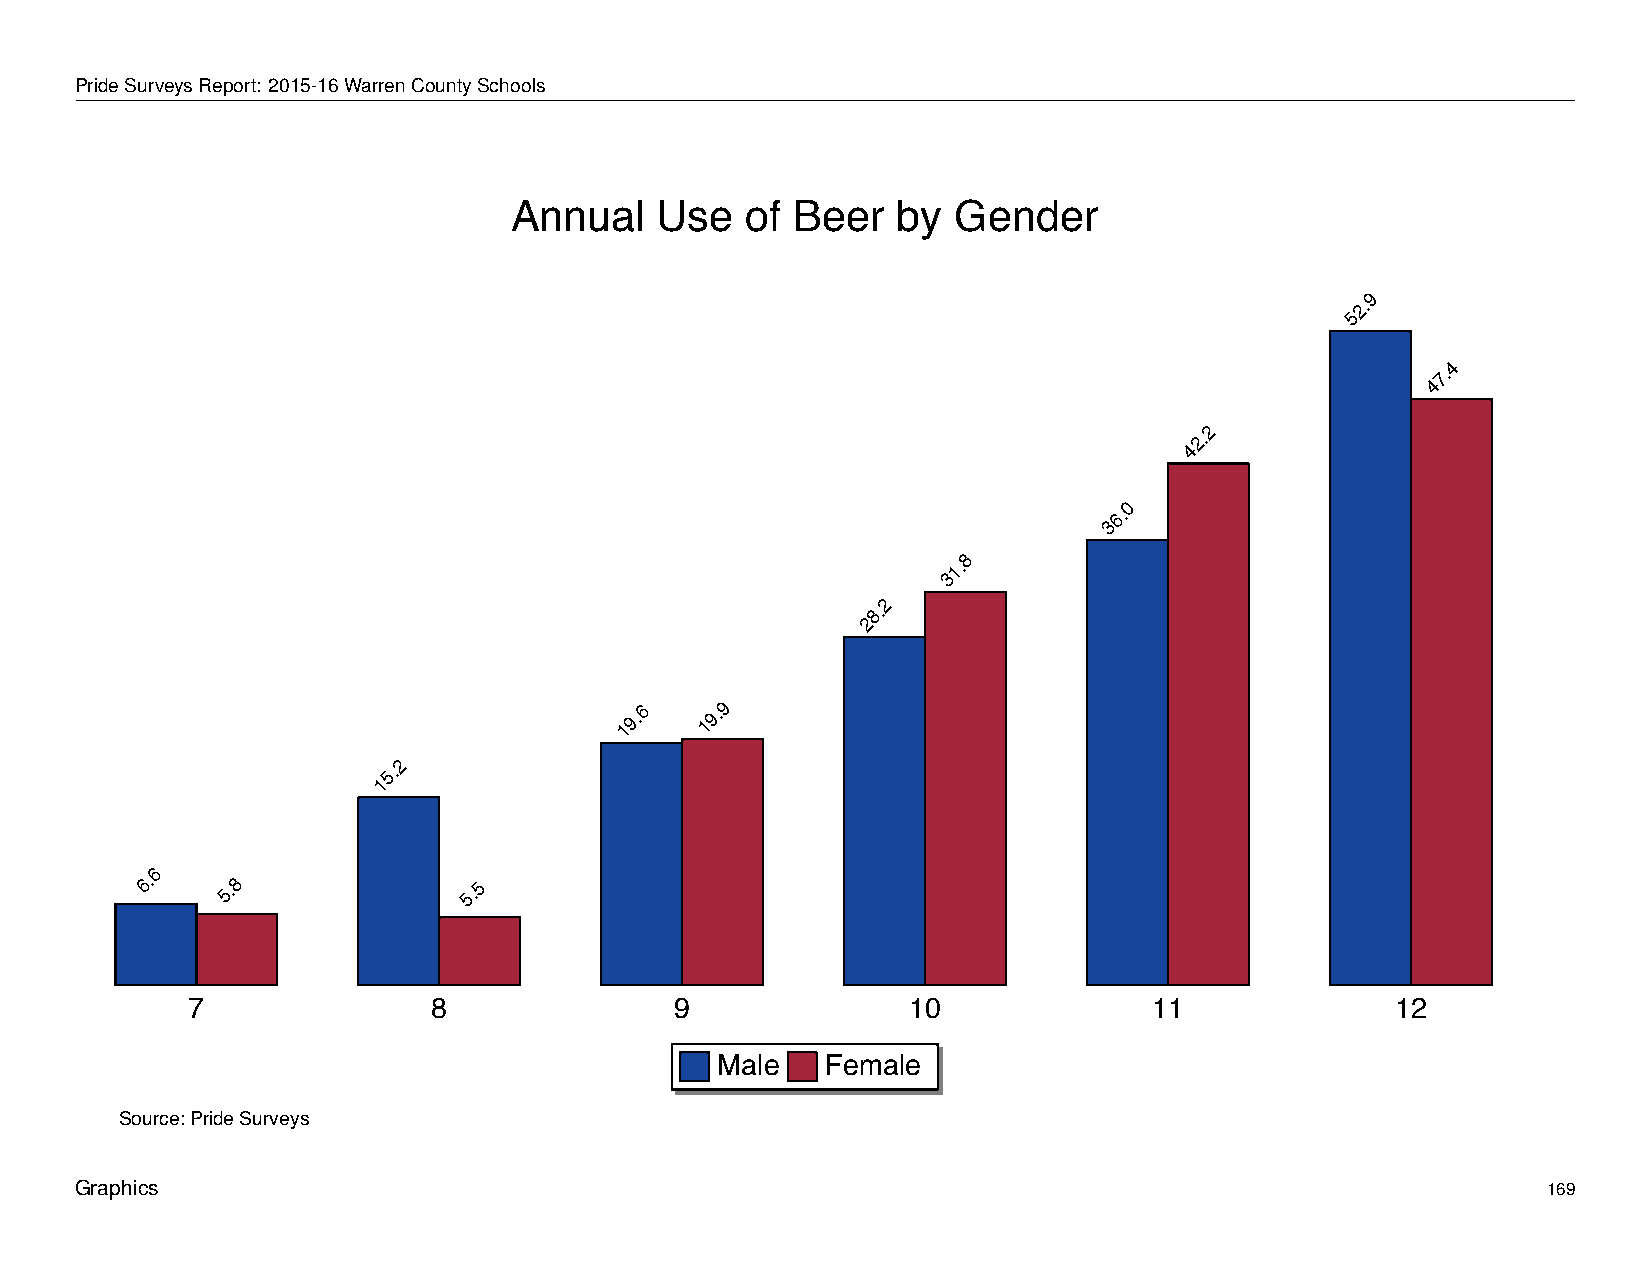
Annual          Use      of   Beer       by    Gender
 PrideSurveysReport: 2015-16WarrenCountySchools
 Annual   Use   of  Beer  by  Gender
 9
 2.
 5
 4
 7.
 4
 2
 2.
 4
 0
 6.
 3
 8
 1.
 3
 2
 8.
 2
 19.6 19.9
 2
 5.
 1
 6
 6.    5.8             5.5
 7                8               9              10              11              12
 Male    Female
 Source: Pride Surveys
 Graphics                                                                                         169